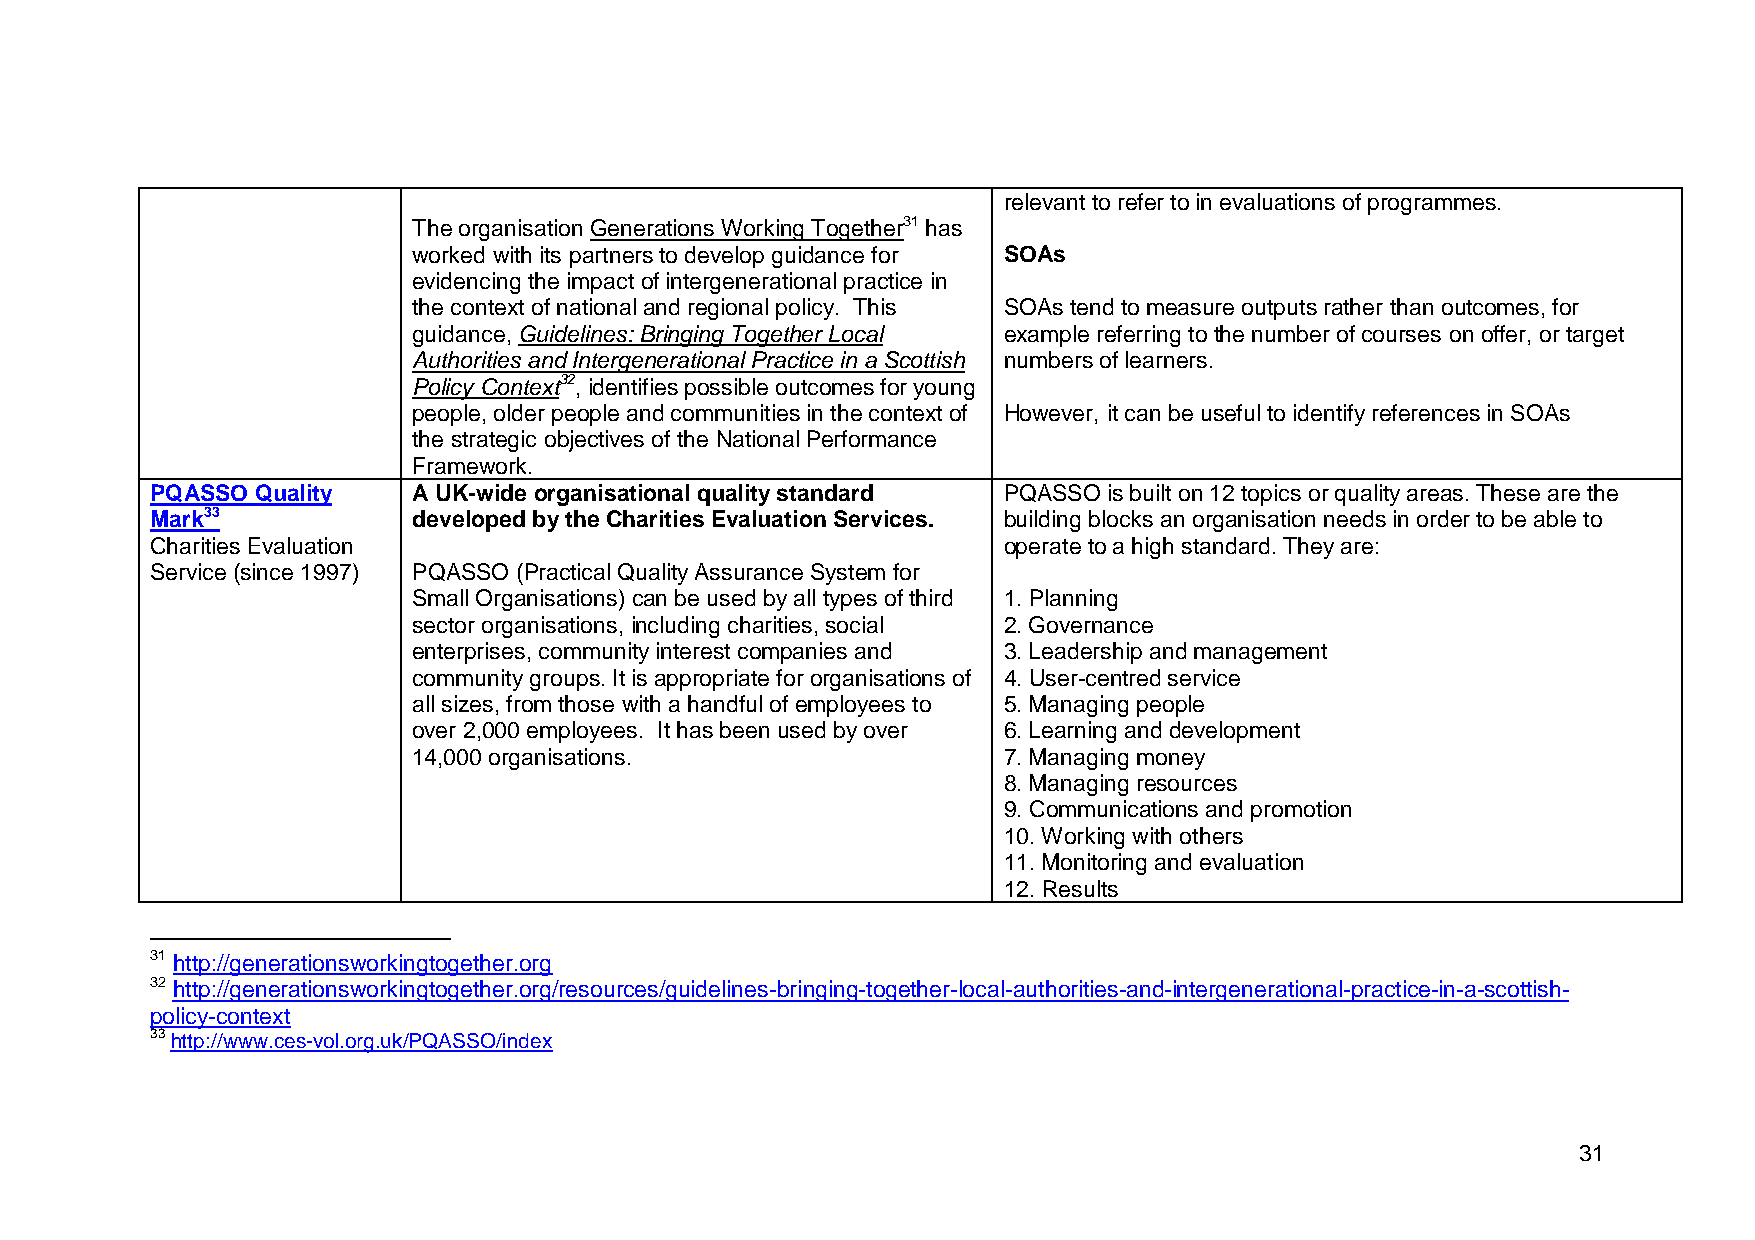
relevant to refer to in evaluations of programmes.
 The organisation Generations Working Together31 has
 worked with its partners to develop guidance for SOAs
 evidencing the impact of intergenerational practice in
 the context of national and regional policy. This SOAs tend to measure outputs rather than outcomes, for
 guidance, Guidelines: Bringing Together Local example referring to the number of courses on offer, or target
 Authorities and Intergenerational Practice in a Scottish numbers of learners.
 Policy Context32, identifies possible outcomes for young
 people, older people and communities in the context of However, it can be useful to identify references in SOAs
 the strategic objectives of the National Performance
 Framework.
 PQASSO Quality   A UK-wide organisational quality standard PQASSO is built on 12 topics or quality areas. These are the
 Mark33           developed by the Charities Evaluation Services. building blocks an organisation needs in order to be able to
 Charities Evaluation                                    operate to a high standard. They are:
 Service (since 1997) PQASSO (Practical Quality Assurance System for
 Small Organisations) can be used by all types of third 1. Planning
 sector organisations, including charities, social 2. Governance
 enterprises, community interest companies and 3. Leadership and management
 community groups. It is appropriate for organisations of 4. User-centred service
 all sizes, from those with a handful of employees to 5. Managing people
 over 2,000 employees. It has been used by over 6. Learning and development
 14,000 organisations.                  7. Managing money
 8. Managing resources
 9. Communications and promotion
 10. Working with others
 11. Monitoring and evaluation
 12. Results
 31 http://generationsworkingtogether.org
 32 http://generationsworkingtogether.org/resources/guidelines-bringing-together-local-authorities-and-intergenerational-practice-in-a-scottish-
 policy-context
 33 http://www.ces-vol.org.uk/PQASSO/index
 31